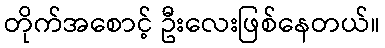
တိုက်အစောင့် ဦးလေးဖြစ်နေတယ်။